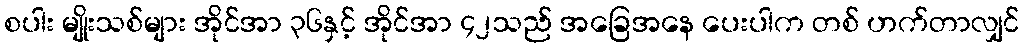
စပါး မျိုးသစ်များ အိုင်အာ ၃၆နှင့် အိုင်အာ ၄၂သည် အခြေအနေ ပေးပါက တစ် ဟက်တာလျှင်